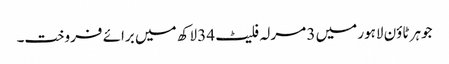
جوہر ٹاؤن لاہور میں 3 مرلہ فلیٹ 34 لاکھ میں برائے فروخت۔